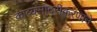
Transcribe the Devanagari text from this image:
काव्यसादरीकरणाने